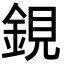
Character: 鋧